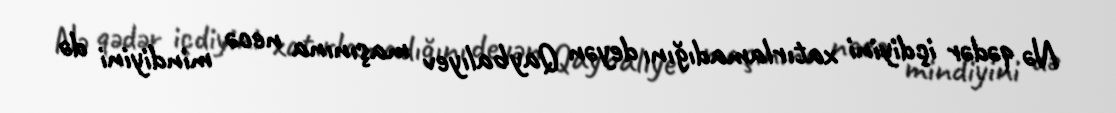
Nə qədər içdiyini xatırlamadığını deyən Qaybalıyev maşınına necə mindiyini də